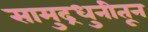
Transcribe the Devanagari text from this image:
सामुद्रधुनीतून